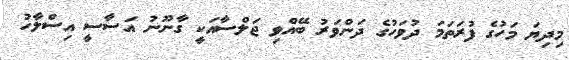
މިދިޔަ މަހުގެ ފުރަތަމަ ދުވަހުގެ ދަންވަރު ބޭއްވި ޖަލްސާއަކީ ގާނޫނު އަސާސީ އިސްލާހު